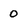
Character: 0